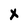
Character: X